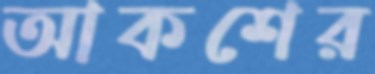
আকশের